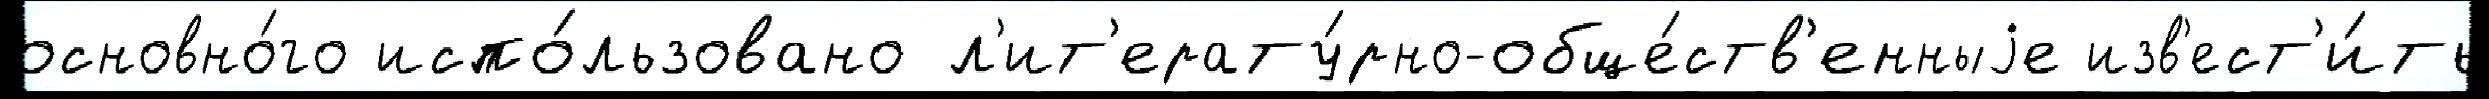
основно́го испо́льзовано л'ит'ерату́рно-обще́ств'енныjе изв'ест'и́ть